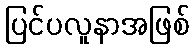
ပြင်ပလူနာအဖြစ်